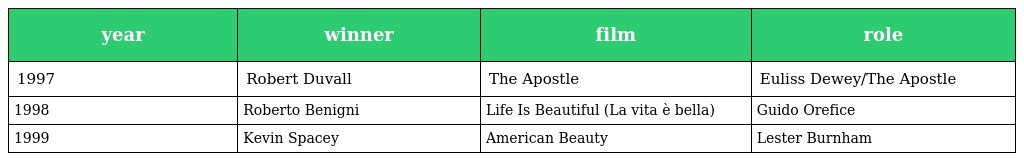
| year | winner | film | role |
 | --- | --- | --- | --- |
 | 1997 | Robert Duvall | The Apostle | Euliss Dewey/The Apostle |
 | 1998 | Roberto Benigni | Life Is Beautiful (La vita è bella) | Guido Orefice |
 | 1999 | Kevin Spacey | American Beauty | Lester Burnham |